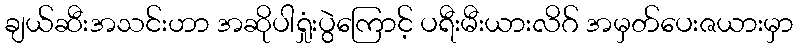
ချယ်ဆီးအသင်းဟာ အဆိုပါရှုံးပွဲကြောင့် ပရီးမီးယားလိဂ် အမှတ်ပေးဇယားမှာ